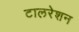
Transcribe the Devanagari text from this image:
टालरेशन